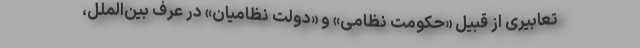
تعابیری از قبیل «حکومت نظامی» و «دولت نظامیان» در عرف بین‌الملل،